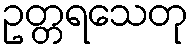
ဥတ္တရသေတု